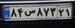
۸۴س۸۷۳۲۱